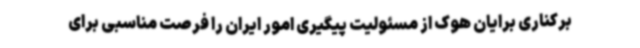
برکناری برایان هوک از مسئولیت پیگیری امور ایران را فرصت مناسبی برای